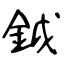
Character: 鉞